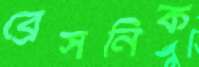
ব্রেসনিক